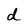
Character: d